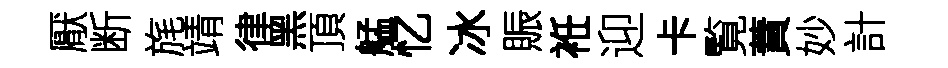
厭断旄靖律黑頂艋忆冰賑袵迎卡覧蕡妙計